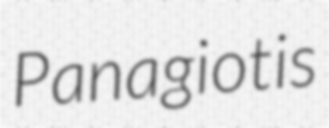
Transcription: Panagiotis